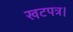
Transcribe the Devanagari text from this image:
खटपत्र।